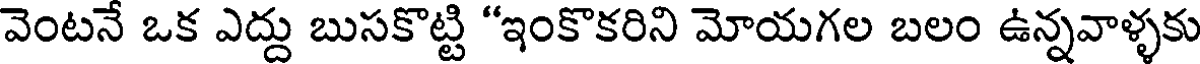
వెంటనే ఒక ఎద్దు బుసకొట్టి "ఇంకొకరిని మోయగల బలం ఉన్నవాళ్ళకు